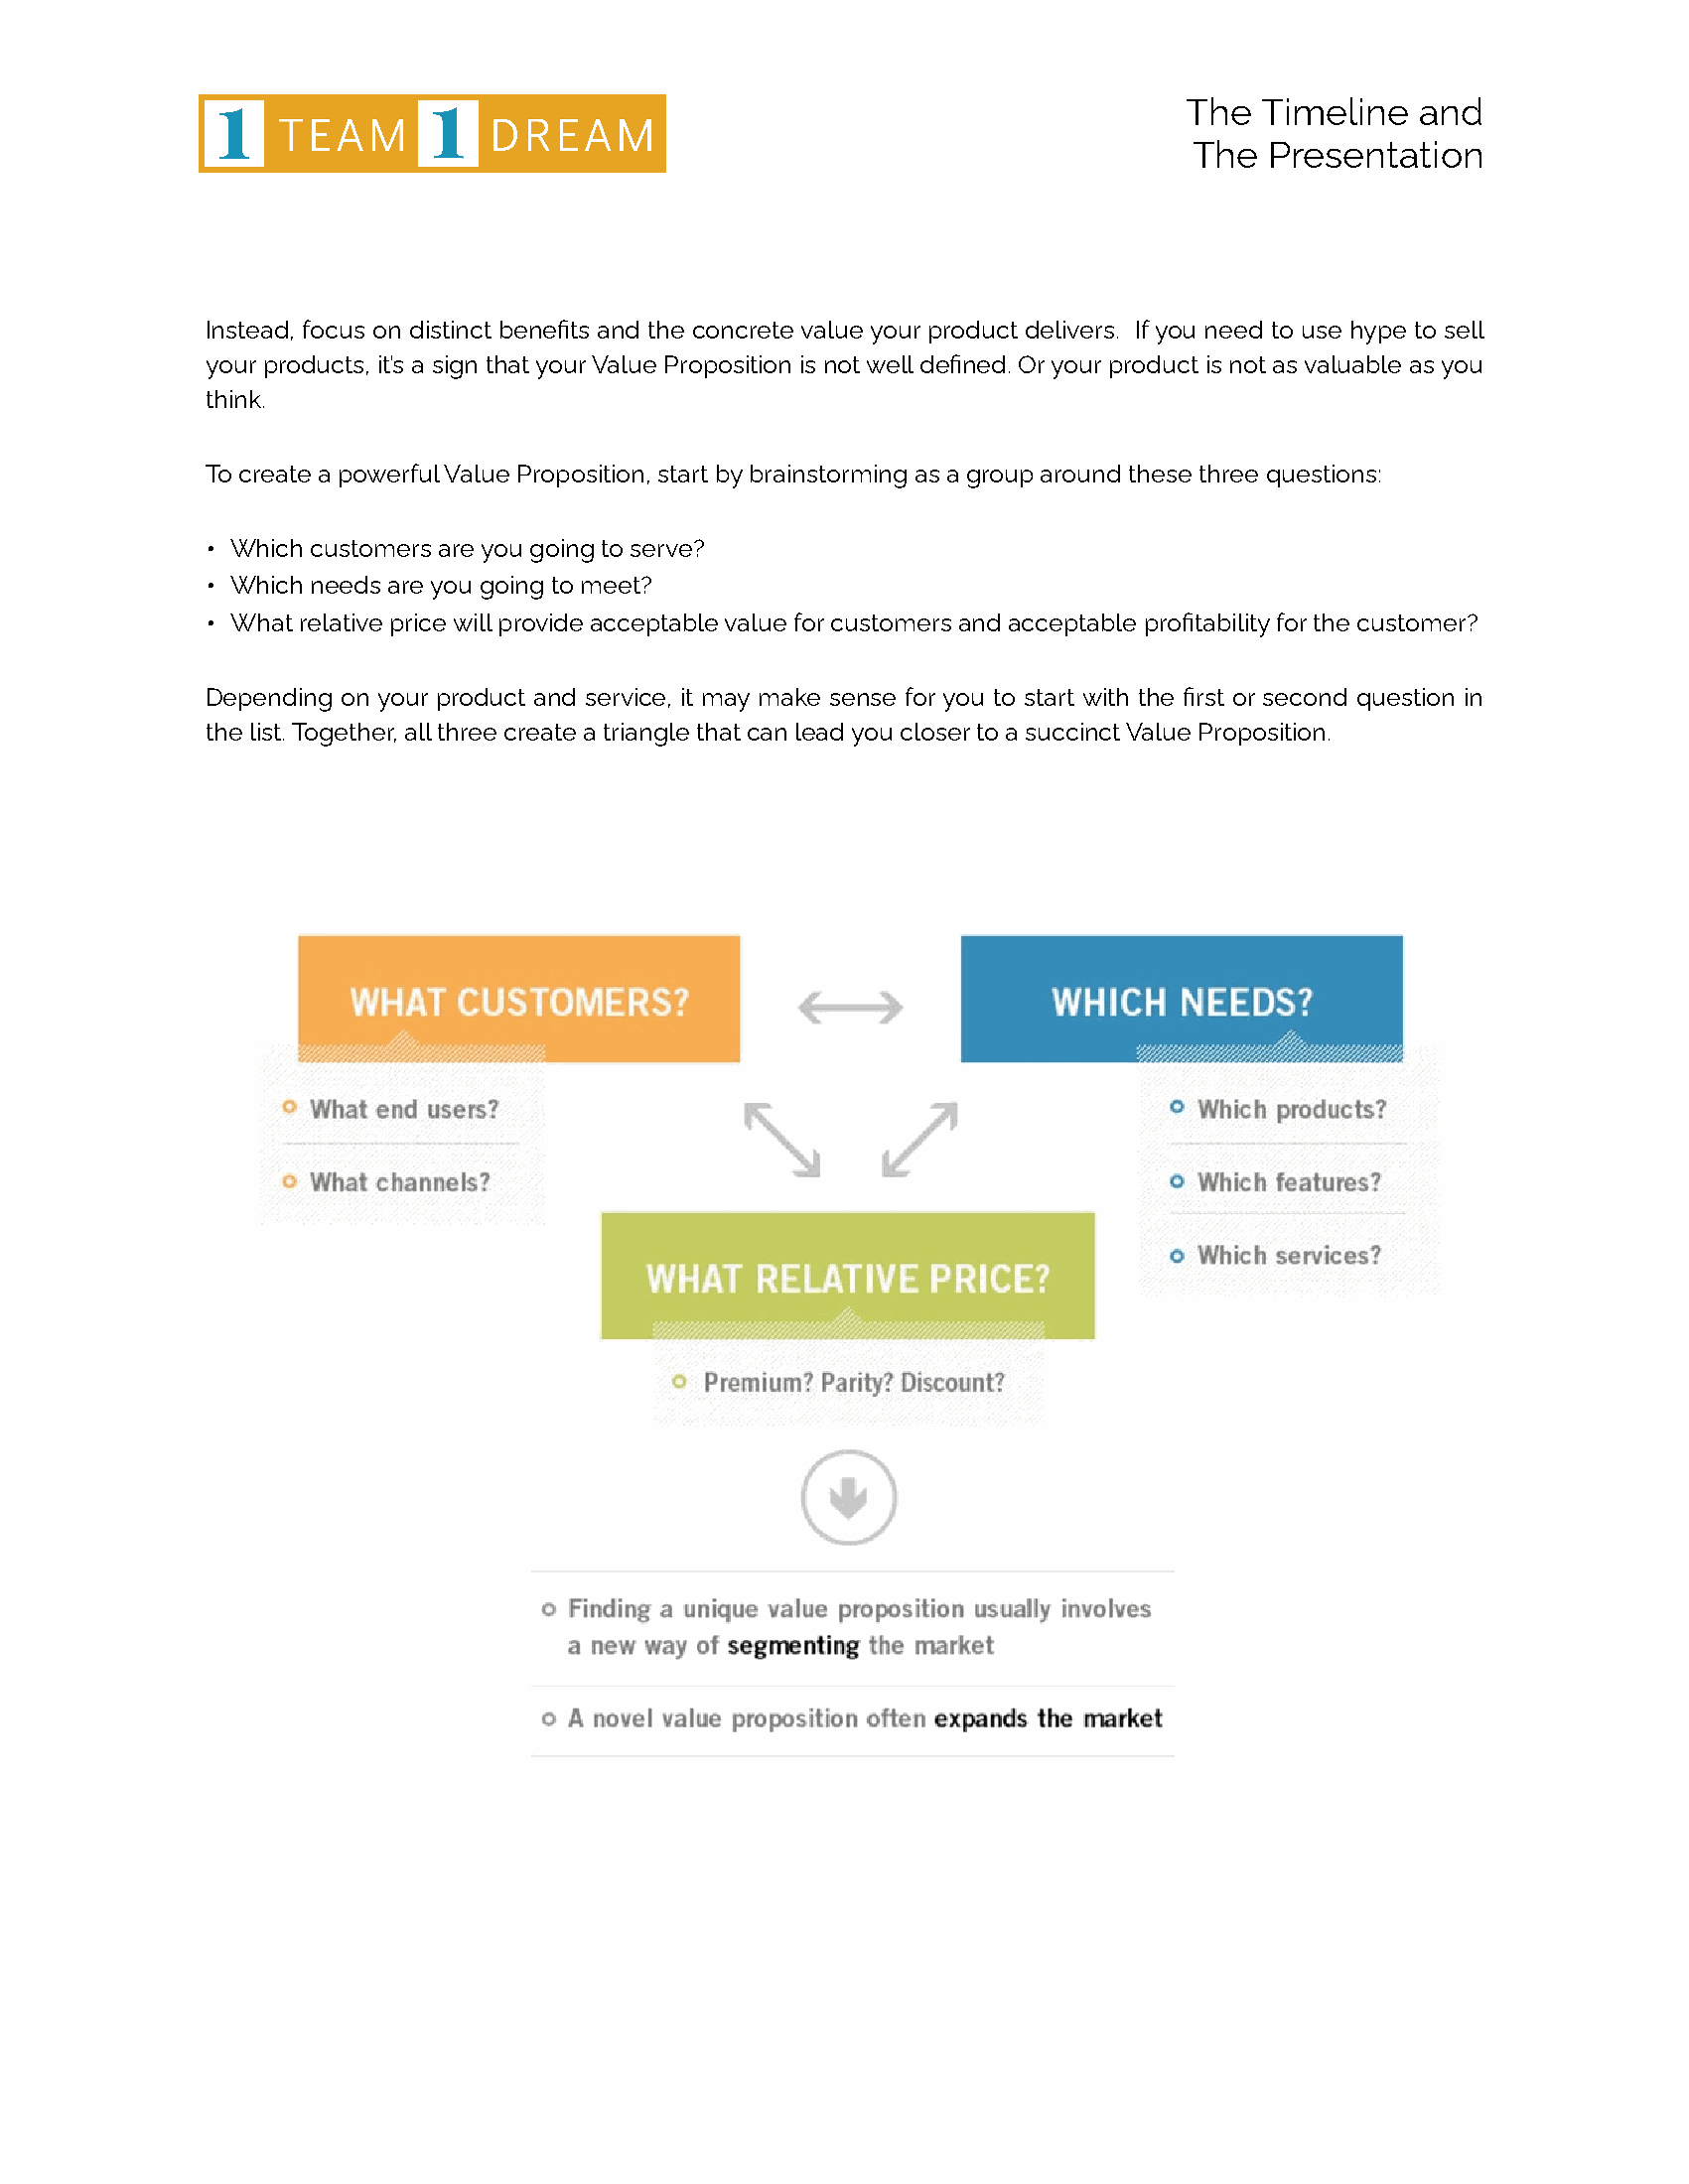
The  Timeline   and
 The   Presentation
 Instead, focus on distinct benefits and the concrete value your product delivers. If you need to use hype to sell
 your products, it’s a sign that your Value Proposition is not well defined. Or your product is not as valuable as you
 think.
 To create a powerful Value Proposition, start by brainstorming as a group around these three questions:
 • Which customers are you going to serve?
 • Which needs are you going to meet?
 • What relative price will provide acceptable value for customers and acceptable profitability for the customer?
 Depending on your product and service, it may make sense for you to start with the first or second question in
 the list. Together, all three create a triangle that can lead you closer to a succinct Value Proposition.